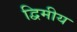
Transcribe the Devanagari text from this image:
द्विमीय